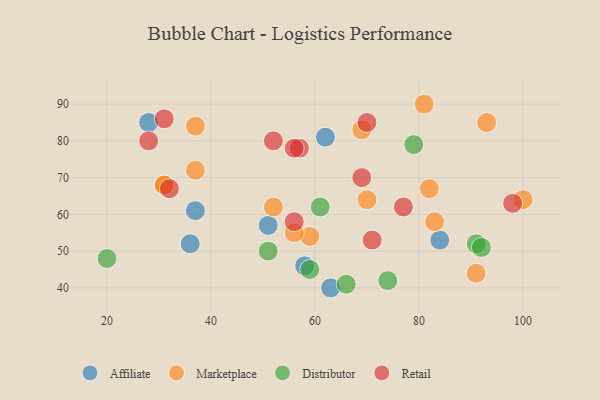
{"axis": {"x": "GDP", "y": "Life Expectancy"}, "legend": ["Affiliate", "Distributor", "Marketplace", "Retail"], "data": [{"x": "58", "y": 46, "type": "Affiliate"}, {"x": "63", "y": 40, "type": "Affiliate"}, {"x": "28", "y": 85, "type": "Affiliate"}, {"x": "36", "y": 52, "type": "Affiliate"}, {"x": "62", "y": 81, "type": "Affiliate"}, {"x": "84", "y": 53, "type": "Affiliate"}, {"x": "37", "y": 61, "type": "Affiliate"}, {"x": "51", "y": 57, "type": "Affiliate"}, {"x": "100", "y": 64, "type": "Marketplace"}, {"x": "52", "y": 62, "type": "Marketplace"}, {"x": "37", "y": 72, "type": "Marketplace"}, {"x": "31", "y": 68, "type": "Marketplace"}, {"x": "83", "y": 58, "type": "Marketplace"}, {"x": "59", "y": 54, "type": "Marketplace"}, {"x": "81", "y": 90, "type": "Marketplace"}, {"x": "31", "y": 68, "type": "Marketplace"}, {"x": "82", "y": 67, "type": "Marketplace"}, {"x": "93", "y": 85, "type": "Marketplace"}, {"x": "56", "y": 55, "type": "Marketplace"}, {"x": "91", "y": 44, "type": "Marketplace"}, {"x": "37", "y": 84, "type": "Marketplace"}, {"x": "70", "y": 64, "type": "Marketplace"}, {"x": "69", "y": 83, "type": "Marketplace"}, {"x": "20", "y": 48, "type": "Distributor"}, {"x": "91", "y": 52, "type": "Distributor"}, {"x": "61", "y": 62, "type": "Distributor"}, {"x": "79", "y": 79, "type": "Distributor"}, {"x": "66", "y": 41, "type": "Distributor"}, {"x": "51", "y": 50, "type": "Distributor"}, {"x": "59", "y": 45, "type": "Distributor"}, {"x": "92", "y": 51, "type": "Distributor"}, {"x": "74", "y": 42, "type": "Distributor"}, {"x": "98", "y": 63, "type": "Retail"}, {"x": "56", "y": 58, "type": "Retail"}, {"x": "52", "y": 80, "type": "Retail"}, {"x": "70", "y": 85, "type": "Retail"}, {"x": "57", "y": 78, "type": "Retail"}, {"x": "56", "y": 78, "type": "Retail"}, {"x": "28", "y": 80, "type": "Retail"}, {"x": "32", "y": 67, "type": "Retail"}, {"x": "71", "y": 53, "type": "Retail"}, {"x": "77", "y": 62, "type": "Retail"}, {"x": "31", "y": 86, "type": "Retail"}, {"x": "69", "y": 70, "type": "Retail"}]}